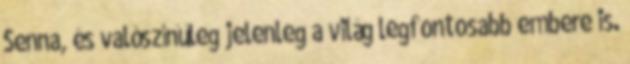
Senna, és valószínűleg jelenleg a világ legfontosabb embere is.